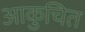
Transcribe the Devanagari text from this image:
आकुचित